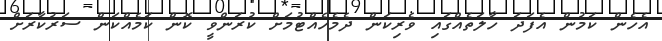
އެހެން ކަމުން އެފަދަ ހާލަތެއްގައި ވެރިކަން ދެމެހެއްޓުމަށް ކުރަންވީ ކޮން ކަމެއްކަން ސަރުކާރަށް